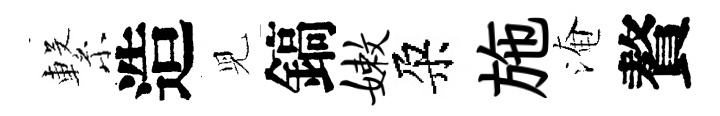
繋造児鎬嫩朶施淹贅